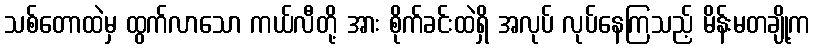
သစ်တောထဲမှ ထွက်လာသော ကယ်လီတို့ အား စိုက်ခင်းထဲရှိ အလုပ် လုပ်နေကြသည့် မိန်းမတချို့က